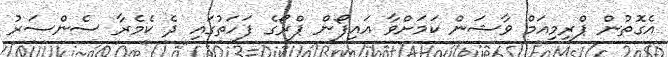
އެގޮތުން ޕްރިމިއަމް ވާޝަން ކަމަށްވާ އައިފޯން ޕްރޯގެ ފަހަތުގައި ދެ ކެމެރާ ސެންސަރު